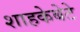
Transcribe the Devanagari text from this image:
शाहकेबेटे